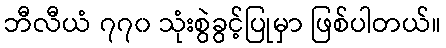
ဘီလီယံ ၇၇၀ သုံးစွဲခွင့်ပြုမှာ ဖြစ်ပါတယ်။